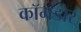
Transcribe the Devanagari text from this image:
कॉमडोर